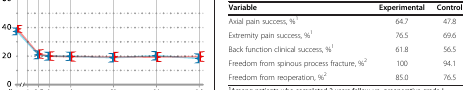
<table><thead><tr><td><b>Variable</b></td><td><b>Experimental</b></td><td><b>Control</b></td></tr></thead><tbody><tr><td>Axial pain success, %<sup>1</sup></td><td>64.7</td><td>47.8</td></tr><tr><td>Extremity pain success, %<sup>1</sup></td><td>76.5</td><td>69.6</td></tr><tr><td>Back function clinical success, %<sup>1</sup></td><td>61.8</td><td>56.5</td></tr><tr><td>Freedom from spinous process fracture, %<sup>2</sup></td><td>100</td><td>94.1</td></tr><tr><td>Freedom from reoperation, %<sup>2</sup></td><td>85.0</td><td>76.5</td></tr></tbody></table>